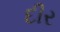
દીર